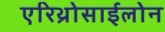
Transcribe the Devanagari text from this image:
एरिथ्रोसाईलोन